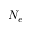
N _ { e }